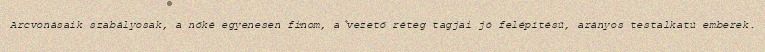
Arcvonásaik szabályosak, a nőké egyenesen finom, a vezető réteg tagjai jó felépítésű, arányos testalkatú emberek.